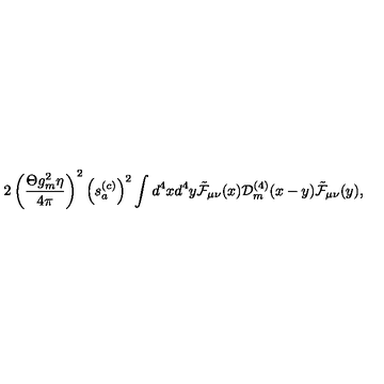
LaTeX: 2 \left( \frac { \Theta g _ { m } ^ { 2 } \eta } { 4 \pi } \right) ^ { 2 } \left( s _ { a } ^ { ( c ) } \right) ^ { 2 } \int d ^ { 4 } x d ^ { 4 } y \tilde { \cal F } _ { \mu \nu } ( x ) { \cal D } _ { m } ^ { ( 4 ) } ( x - y ) \tilde { \cal F } _ { \mu \nu } ( y ) ,